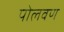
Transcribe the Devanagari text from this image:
पोलवण